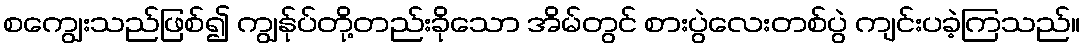
စကျွေးသည်ဖြစ်၍ ကျွန်ုပ်တို့တည်းခိုသော အိမ်တွင် စားပွဲလေးတစ်ပွဲ ကျင်းပခဲ့ကြသည်။